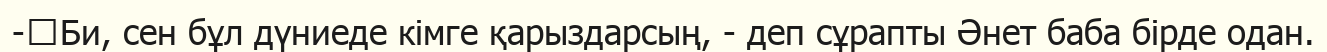
-	Би, сен бұл дүниеде кімге қарыздарсың, - деп сұрапты Әнет баба бірде одан.